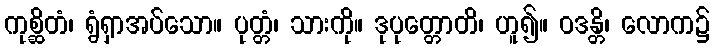
ကုစ္ဆိတံ၊ ရွံရှာအပ်သော။ ပုတ္တံ၊ သားကို။ ဒုပုတ္တောတိ၊ ဟူ၍။ ဝဒန္တိ၊ လောက၌